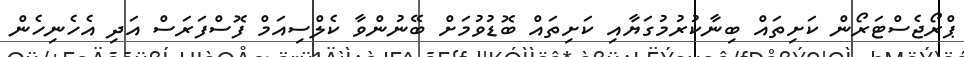
ޕްރޯޖެސްޓަރޯން ކަށިތައް ބިނާކުރުމުގަޔާއި ކަށިތައް ބޮޑުވުމަށް ބޭނުންވާ ކެލްސިއަމް ފޮސްފަރަސް އަދި އެހެނިހެން